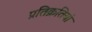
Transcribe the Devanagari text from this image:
प्रतिक्रतियां